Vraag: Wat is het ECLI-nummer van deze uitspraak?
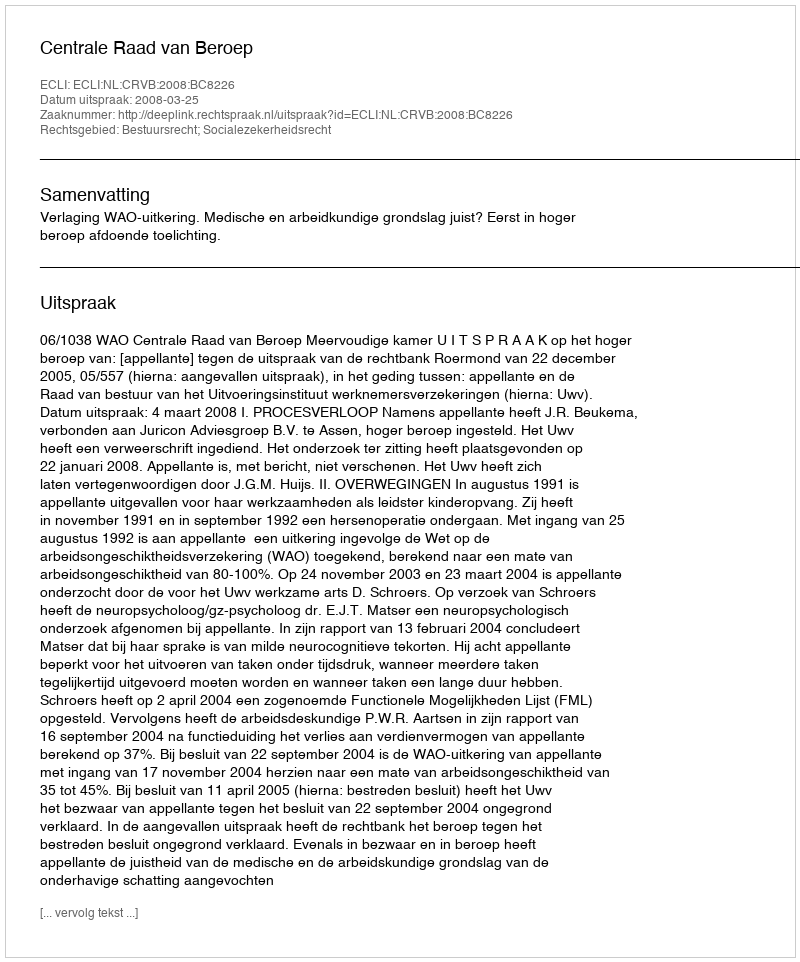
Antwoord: ECLI:NL:CRVB:2008:BC8226